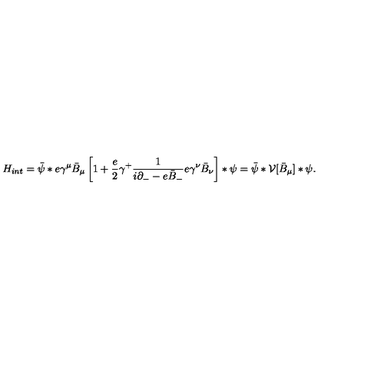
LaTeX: { H } _ { i n t } = \bar { \psi } * e \gamma ^ { \mu } \bar { B } _ { \mu } \left[ 1 + \frac { e } { 2 } \gamma ^ { + } \frac { 1 } { i \partial _ { - } - e \bar { B } _ { - } } e \gamma ^ { \nu } \bar { B } _ { \nu } \right] \ast \psi = \bar { \psi } \ast { \cal V } [ \bar { B } _ { \mu } ] \ast \psi .